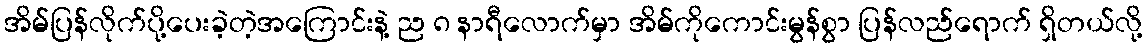
အိမ်ပြန်လိုက်ပို့ပေးခဲ့တဲ့အကြောင်းနဲ့ ည ၈ နာရီလောက်မှာ အိမ်ကိုကောင်းမွန်စွာ ပြန်လည်ရောက် ရှိတယ်လို့